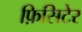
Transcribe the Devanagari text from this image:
फ़िसिटेर